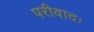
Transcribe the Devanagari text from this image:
परीवादः